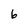
Character: 6